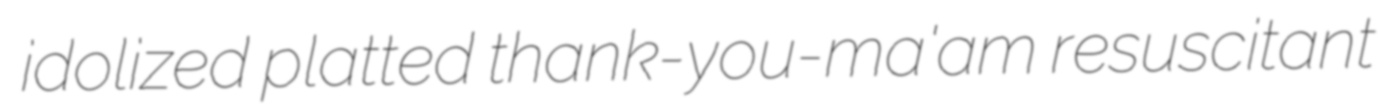
idolized platted thank-you-ma'am resuscitant